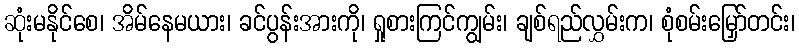
ဆုံးမနိုင်စေ၊ အိမ်နေမယား၊ ခင်ပွန်းအားကို၊ ရှုစားကြင်ကျွမ်း၊ ချစ်ရည်လွှမ်းက၊ စုံစမ်းမြှော်တင်း၊